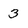
Character: 3